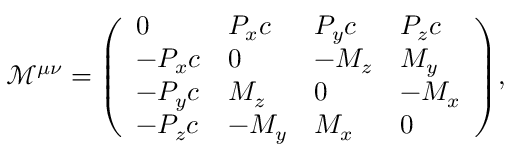
{ \mathcal { M } } ^ { \mu \nu } = { \left( \begin{array} { l l l l } { 0 } & { P _ { x } c } & { P _ { y } c } & { P _ { z } c } \\ { - P _ { x } c } & { 0 } & { - M _ { z } } & { M _ { y } } \\ { - P _ { y } c } & { M _ { z } } & { 0 } & { - M _ { x } } \\ { - P _ { z } c } & { - M _ { y } } & { M _ { x } } & { 0 } \end{array} \right) } ,